Civil Veterinary Dept. Assam report 1911-1927 - 1911-1927
Year: 1911
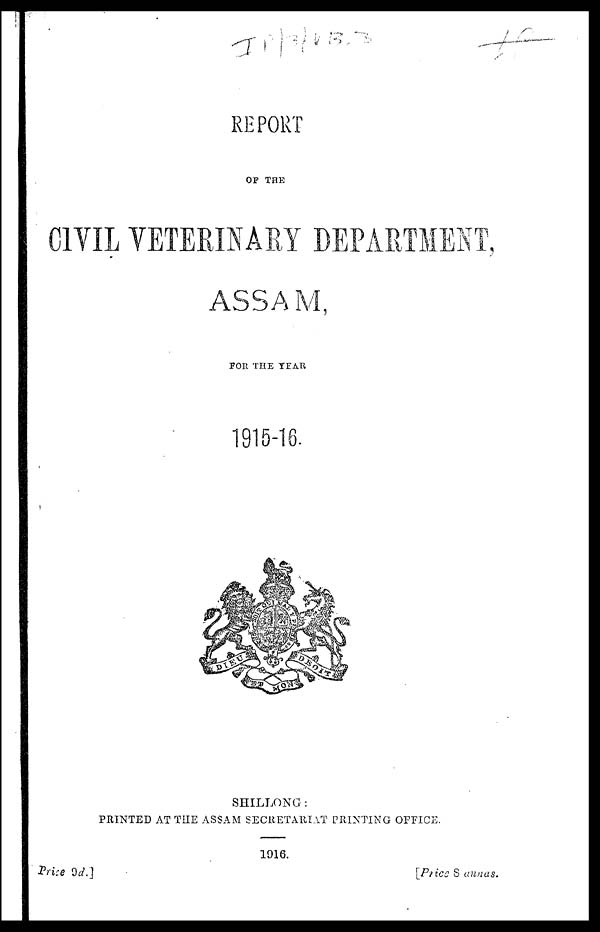
REPORT
OP THE
CIVIL VETERINARY DEPARTMENT,
ASSAM,
FOR THE YEAR
1915-16.
SHILLONG:
PRINTED AT THE ASSAM SECRETARIAT PRINTING OFFICE.
1916.
Price
9d.]
[Price 8 annas.